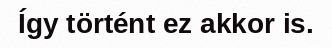
Így történt ez akkor is.